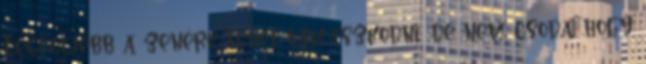
Legfeljebb a zenére lehet támaszkodni, de nem csoda, hogy